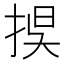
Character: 捑